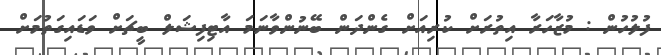
ފުލުހުން : މުޒާހަރާ އިތުރަށް ކުރިއަށް ގެންދަން ބޭނުންވާނަމަ އާޓިފިޝަލް ބީޗަށް ވަޑައިގަތުމަށް